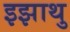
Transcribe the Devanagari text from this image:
इझाथु